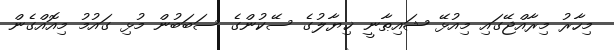
މިހާރު މިރާއްޖޭގައި މިއުޅޭ ޝައިޠާނީ ޚިޔާލުގެ ސޭކުންގެ ސަބަބުން މުޅި ގައުމު މިއޮއްގެން